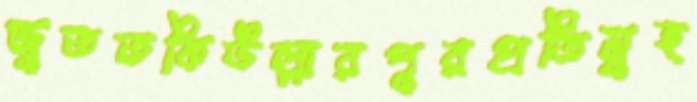
জুততকিউল্লারপুরপ্রতিমুহ